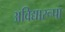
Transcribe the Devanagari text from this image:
अविद्यारूपा